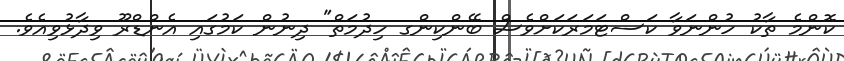
ކޮންމެ ތާކު ހުންނަވާ ކަސްޓަމަރަކަށްވެސް ބޭންކިންގ ހިދުމަތް" ދިނުން ކަމުގައި އެންޑްރޫ ވިދާޅުވިއެވެ.